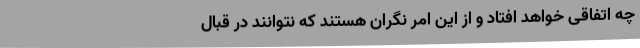
چه اتفاقی خواهد افتاد و از این امر نگران هستند که نتوانند در قبال